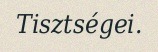
Tisztségei.